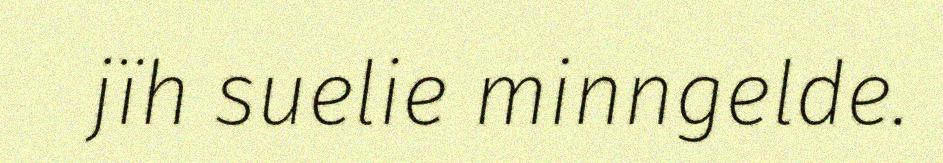
jïh suelie minngelde.